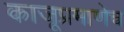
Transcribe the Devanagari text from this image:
काजूप्रमाणेच